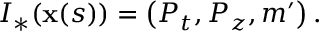
I _ { \ast } ( \mathbf { x } ( s ) ) = \left( P _ { t } , P _ { z } , m ^ { \prime } \right) .